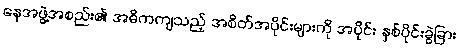
နေအဖွဲ့အစည်း၏ အဓိကကျသည့် အစိတ်အပိုင်းများကို အပိုင်း နှစ်ပိုင်းခွဲခြား